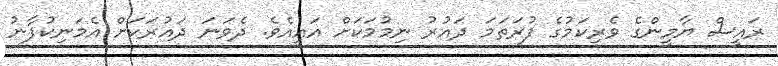
ރައީސް ޔާމީންގެ ވެރިކަމުގެ ފުރަތަމަ ދައުރު ނިމުމަކަށް އައީއެވެ. ދެވަނަ ދައުރަކަށް އެމަނިކުފާނު